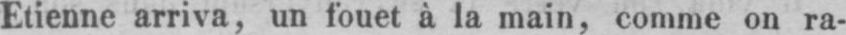
Etienne arriva, un fouet à la main, comme on ra-